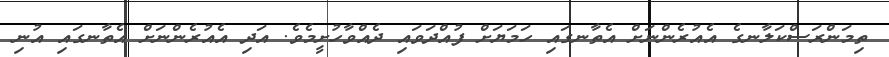
ތިމަންރަސްކަލާނގެ އެއުރެންނަށް އެތާނގައި ހަމަޔަށް ފުއްދަވައި ދެއްވާހުށީމެވެ. އަދި އެއުރެންނަށް އެތާނގައި އުނި